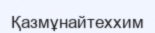
Қазмұнайтеххим